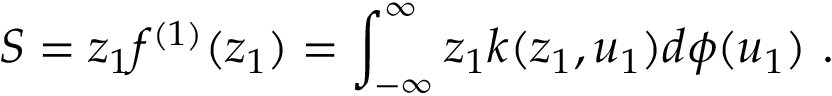
S = z _ { 1 } f ^ { ( 1 ) } ( z _ { 1 } ) = \int _ { - \infty } ^ { \infty } z _ { 1 } k ( z _ { 1 } , u _ { 1 } ) d { \phi } ( u _ { 1 } ) \ .